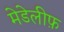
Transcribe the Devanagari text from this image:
मेडेलीफ़